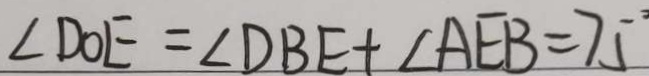
\angle D O E = \angle D B E + \angle A E B = 7 5 ^ { \circ }